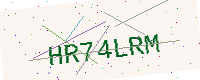
Text: HR74LRM